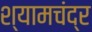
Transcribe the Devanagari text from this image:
श्यामचंद्र